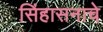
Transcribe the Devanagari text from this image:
सिंहासनाचे